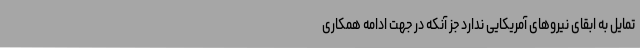
تمایل به ابقای نیروهای آمریکایی ندارد جز آنکه در جهت ادامه همکاری